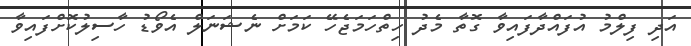
އަދި ފިލްމު އުފައްދާފައިވާ ގޮތާ މެދު ހިތްހަމަޖެހޭ ކަމަށް ނެޝަނަލް އެވޯޑު ހާސިލުކޮށްފައިވާ